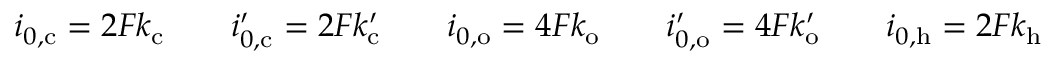
i _ { 0 , \mathrm { c } } = 2 F k _ { \mathrm { c } } \qquad i _ { 0 , \mathrm { c } } ^ { \prime } = 2 F k _ { \mathrm { c } } ^ { \prime } \qquad i _ { 0 , \mathrm { o } } = 4 F k _ { \mathrm { o } } \qquad i _ { 0 , \mathrm { o } } ^ { \prime } = 4 F k _ { \mathrm { o } } ^ { \prime } \qquad i _ { 0 , \mathrm { h } } = 2 F k _ { \mathrm { h } }